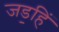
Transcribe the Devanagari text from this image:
जड॒हिं